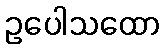
ဥပေါသထော